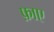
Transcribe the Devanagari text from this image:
फ़ाए